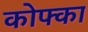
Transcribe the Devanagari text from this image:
कोफ्का